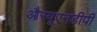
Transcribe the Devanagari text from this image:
औरयूएनडीपी